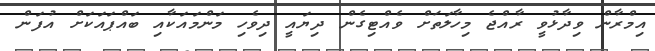
އިމްރާން ވިދާޅުވީ ރާއްޖެ މިހާލަތަށް ވެއްޓިގެން ދިޔައީ ދިވެހި މަންމައަކާއި ބައްޕައަކަށް އުފަން